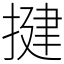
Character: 揵